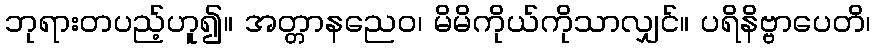
ဘုရားတပည့်ဟူ၍။ အတ္တာနညေဝ၊ မိမိကိုယ်ကိုသာလျှင်။ ပရိနိဗ္ဗာပေတိ၊